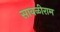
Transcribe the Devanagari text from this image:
सावळीराम